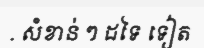
. សំខាន់ ៗ ដទៃ ទៀត